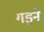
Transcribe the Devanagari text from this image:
गड़ने